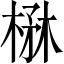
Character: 楙